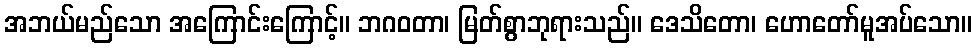
အဘယ်မည်သော အကြောင်းကြောင့်။ ဘဂဝတာ၊ မြတ်စွာဘုရားသည်။ ဒေသိတော၊ ဟောတော်မူအပ်သော။